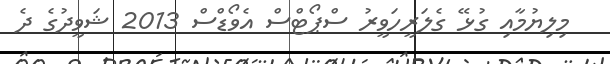
މިލިޔުމާއި ގުޅޭ ގެލަރީހަވީރު ސްޕޯޓްސް އެވޯޑްސް 2013 ޝަވީދުގެ ދެ